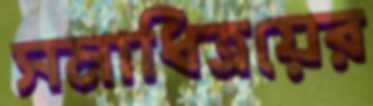
সমাধিত্রয়ের